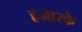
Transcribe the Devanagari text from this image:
हजारके